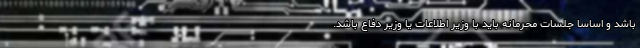
باشد و اساساً جلسات محرمانه باید با وزیر اطلاعات یا وزیر دفاع باشد.